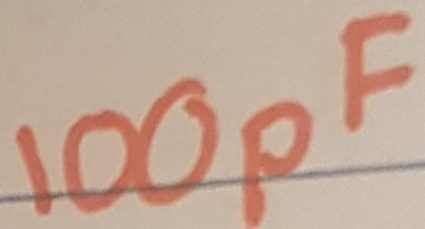
Text: 100pF